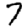
Digit: 7